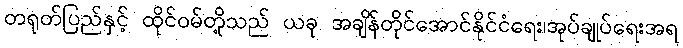
တရုတ်ပြည်နှင့် ထိုင်ဝမ်တို့သည် ယခု အချိန်တိုင်အောင်နိုင်ငံရေး၊အုပ်ချုပ်ရေးအရ